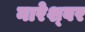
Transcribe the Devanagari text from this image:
नारेश्‍वर